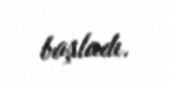
başladı.